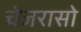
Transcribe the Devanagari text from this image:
चेजरासो